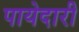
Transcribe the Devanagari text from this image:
पायेदारी